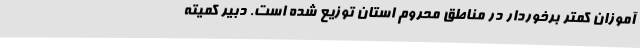
‌آموزان کمتر برخوردار در مناطق محروم استان توزیع شده است. دبیر کمیته